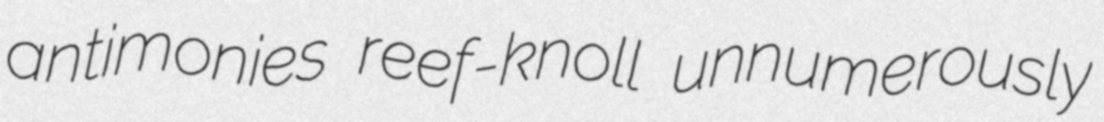
antimonies reef-knoll unnumerously